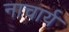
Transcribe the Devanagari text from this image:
नाचार्य